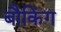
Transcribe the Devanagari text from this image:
बौकिंग